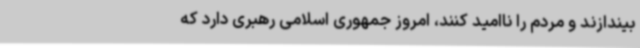
بیندازند و مردم را ناامید کنند، امروز جمهوری اسلامی رهبری دارد که